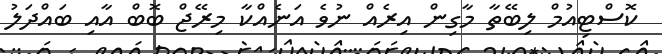
ކޮސްޓިއުމް ލިބޭތާ މާގިން އިރެއް ނުވެ އަނެއްކާ މިރޭޖް ބޮބް އާއި ބައްދަލު